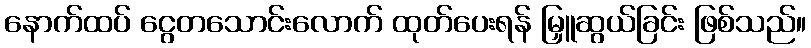
နောက်ထပ် ငွေတသောင်းလောက် ထုတ်ပေးရန် မြှူဆွယ်ခြင်း ဖြစ်သည်။